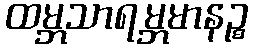
ထမ္ဘသာရမ္ဘမာနဉ္စ